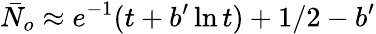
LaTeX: \bar{N}_{o}\approx e^{-1}(t+b^{\prime}\ln t)+1/2-b^{\prime}